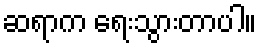
ဆရာက ရေးသွားတာပါ။